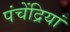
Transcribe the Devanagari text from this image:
पंचेंद्रियां